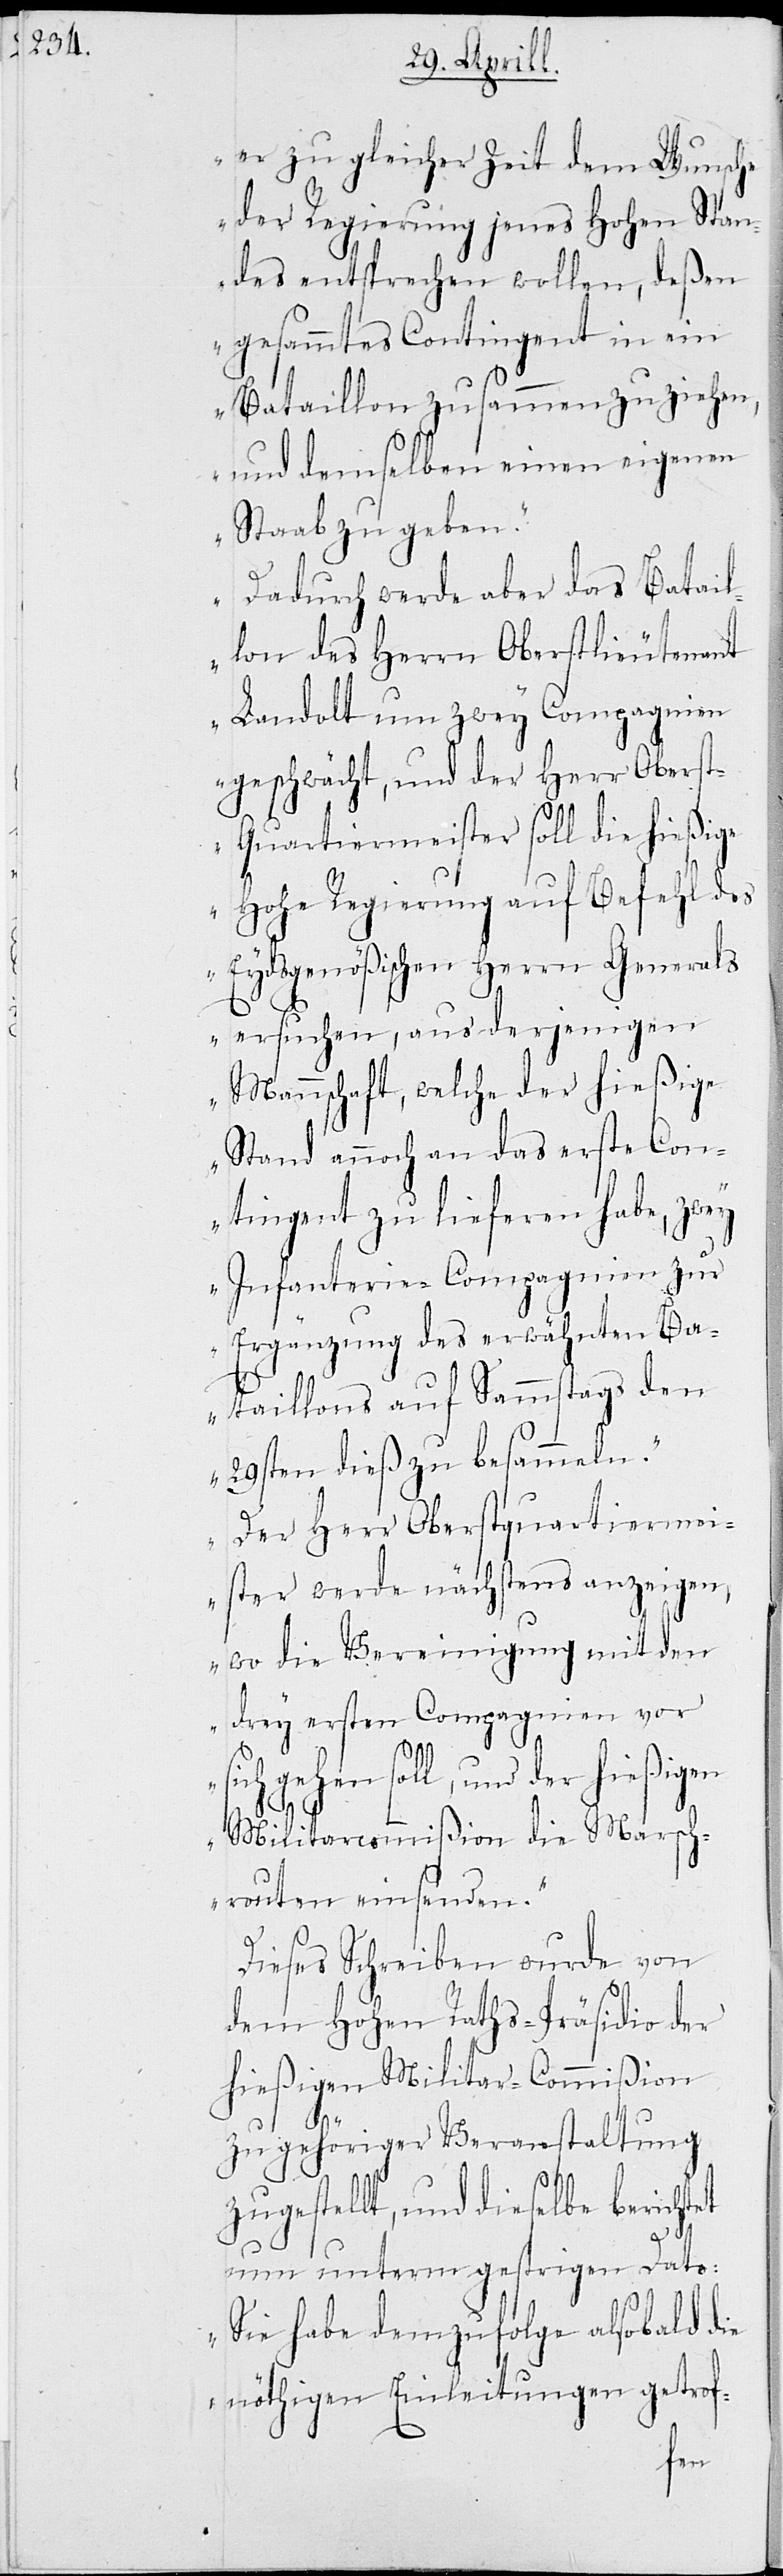
er zu gleicher Zeit dem Wunsche
der Regierung jenes Hohen Stan¬
des entsprechen wollen, deßen
gesammtes Contingent in ein
Bataillon zusammen zu ziehen,
und demselben einen eigenen
Staab zu geben.
Dadurch wurde aber das Batail¬
lon des Herrn Oberstlieutenant
Landolt um zwey Compagnien
geschwächt, und der Herr Oberst¬
quartiermeister soll die hießige
Hohe Regierung auf Befehl des
Eydsgenößischen Herrn Generals
ersuchen, aus derjenigen
Mannschaft, welche der hießige
Stand annoch an das erste Con¬
tingent zu lieferen habe, zwey
Infanterie-Compagnien zur
Ergänzung des erwählten Ba¬
taillons auf Sammstags den
29sten dieß zu besammeln.
Der Herr Oberstquartiermei¬
ster werde nächstens anzeigen,
wo die Vereinigung mit den
drey ersten Compagnien vor
gehen soll, und der hießig¬
Militarcommißion die Marsch¬
routen erinsenden.“
Dieses Schreiben wurde von
dem Hohen Raths-Präsidio der
hießigen Militar-Commißion
zu gehöriger Veranstaltung
zugestellt, und dieselbe berichte¬
te
nun unterm gestrigen Dato:
„Sie habe demzufolge alsobald die
nöthigen Einleitungen getrof-
en